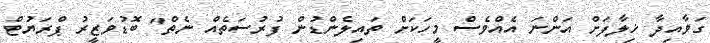
ގަވާއިދާ ޚިލާފަށް އަންނަ އެއްވެސް މީހަކަށް ތައިލެންޑުން ފުރުސަތެއް ނެތް" ބޮޑުވަޒީރު ޕްރަޔުޓް